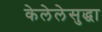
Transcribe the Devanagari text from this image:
केलेलेसुद्धा